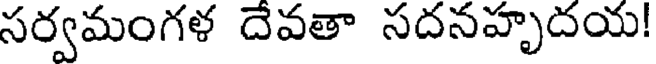
సర్వమంగళ దేవతా సదనహృదయ!